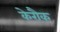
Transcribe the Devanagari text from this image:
केरौक